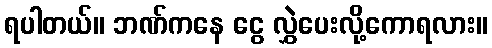
ရပါတယ်။ ဘဏ်ကနေ ငွေ လွှဲပေးလို့ကောရလား။